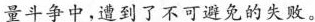
量斗争中，遭到了不可避免的失败。